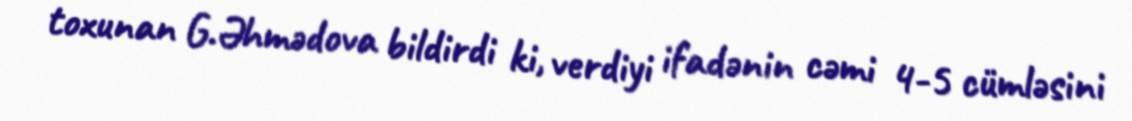
toxunan G.Əhmədova bildirdi ki, verdiyi ifadənin cəmi 4-5 cümləsini